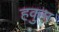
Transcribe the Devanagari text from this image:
हकुम